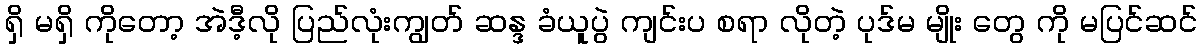
ရှိ မရှိ ကိုတော့ အဲဒီ့လို ပြည်လုံးကျွတ် ဆန္ဒ ခံယူပွဲ ကျင်းပ စရာ လိုတဲ့ ပုဒ်မ မျိုး တွေ ကို မပြင်ဆင်